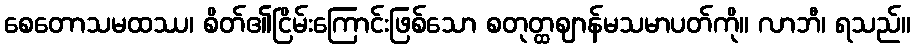
စေတောသမထဿ၊ စိတ်၏ငြိမ်းကြောင်းဖြစ်သော စတုတ္ထဈာန်မသမာပတ်ကို။ လာဘီ၊ ရသည်။